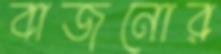
বাজনোর